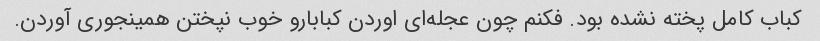
کباب کامل پخته نشده بود. فکنم چون عجله‌ای اوردن کبابارو خوب نپختن همینجوری آوردن.